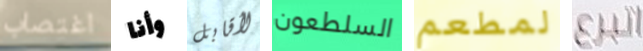
اغتصاب وأنا لأقابل السلطعون لمطعم اتبرع